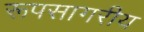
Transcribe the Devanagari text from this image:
रूपसागरीय